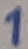
Text: 1